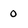
Character: 0